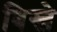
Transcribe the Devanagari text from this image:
बिस्ले